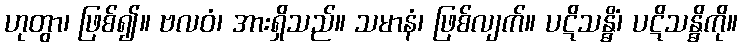
ဟုတွာ၊ ဖြစ်၍။ ဗလဝံ၊ အားရှိသည်။ သမာနံ၊ ဖြစ်လျက်။ ပဋိသန္ဓိံ၊ ပဋိသန္ဓိကို။